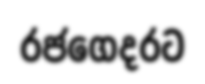
රජගෙදරට